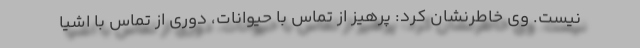
نیست. وی خاطرنشان کرد: پرهیز از تماس با حیوانات، دوری از تماس با اشیا